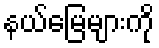
နယ်မြေများကို